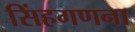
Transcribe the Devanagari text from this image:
सिंहगणना